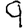
Digit: 9